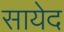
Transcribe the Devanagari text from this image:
सायेद